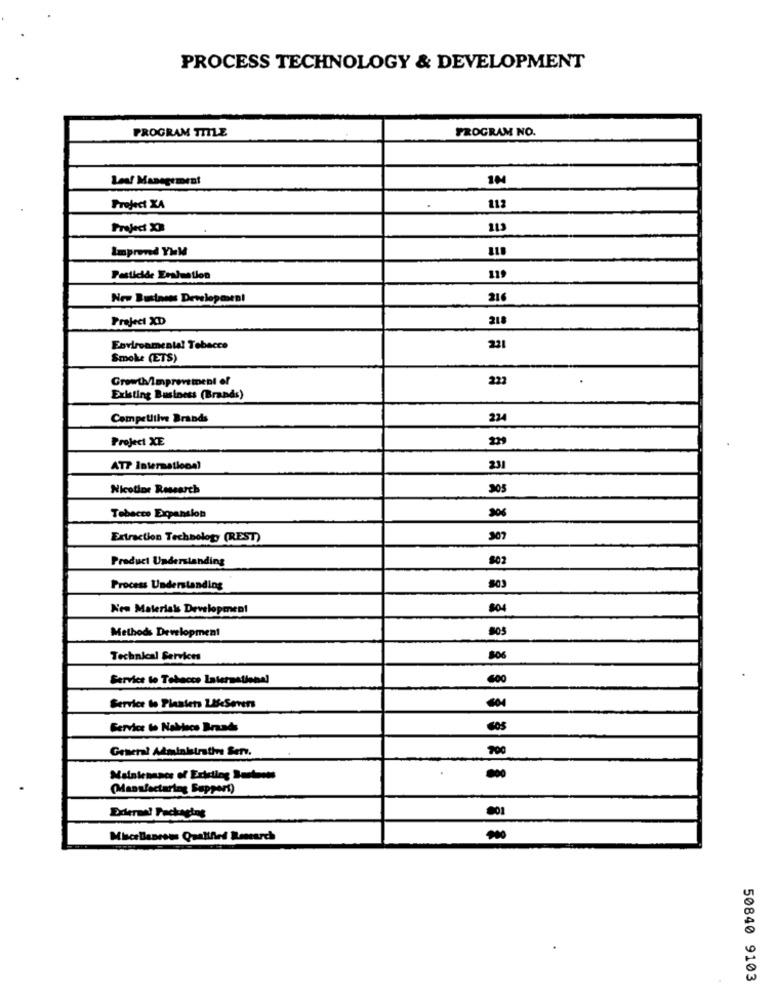
PROCESS TECHNOLOGY & DEVELOPMENT
PROGRAM TITLE
PROGRAM NO.
Leaf Management
112
Project XA
.
113
Improved YMM
Pesticide Evaluation
119
Nro Business Development
316
Project XD
218
Environmental Tobacco
221
Smoke (ETS)
Growth/Improvement of
222
Existing Business (Brands)
Competitive Brands
224
Project XE
239
AT7 International
231
Nicotine Research
305
306
Tobacco Expansion
Extraction Technology (REST)
307
Product Understanding
$02
Process Understanding
New Materials Development
504
Methods Development
805
Technical Services
806
Service le Tobacco International
600
Service be Plantets LifeSevers
Service to Nalince Brands
General Administrative Serv.
700
Maintenance of Existing Sorteos
(Manufacturing Support)
001
Dderaa! Packaging
Miscellaneous Qualified Research
50840 9103